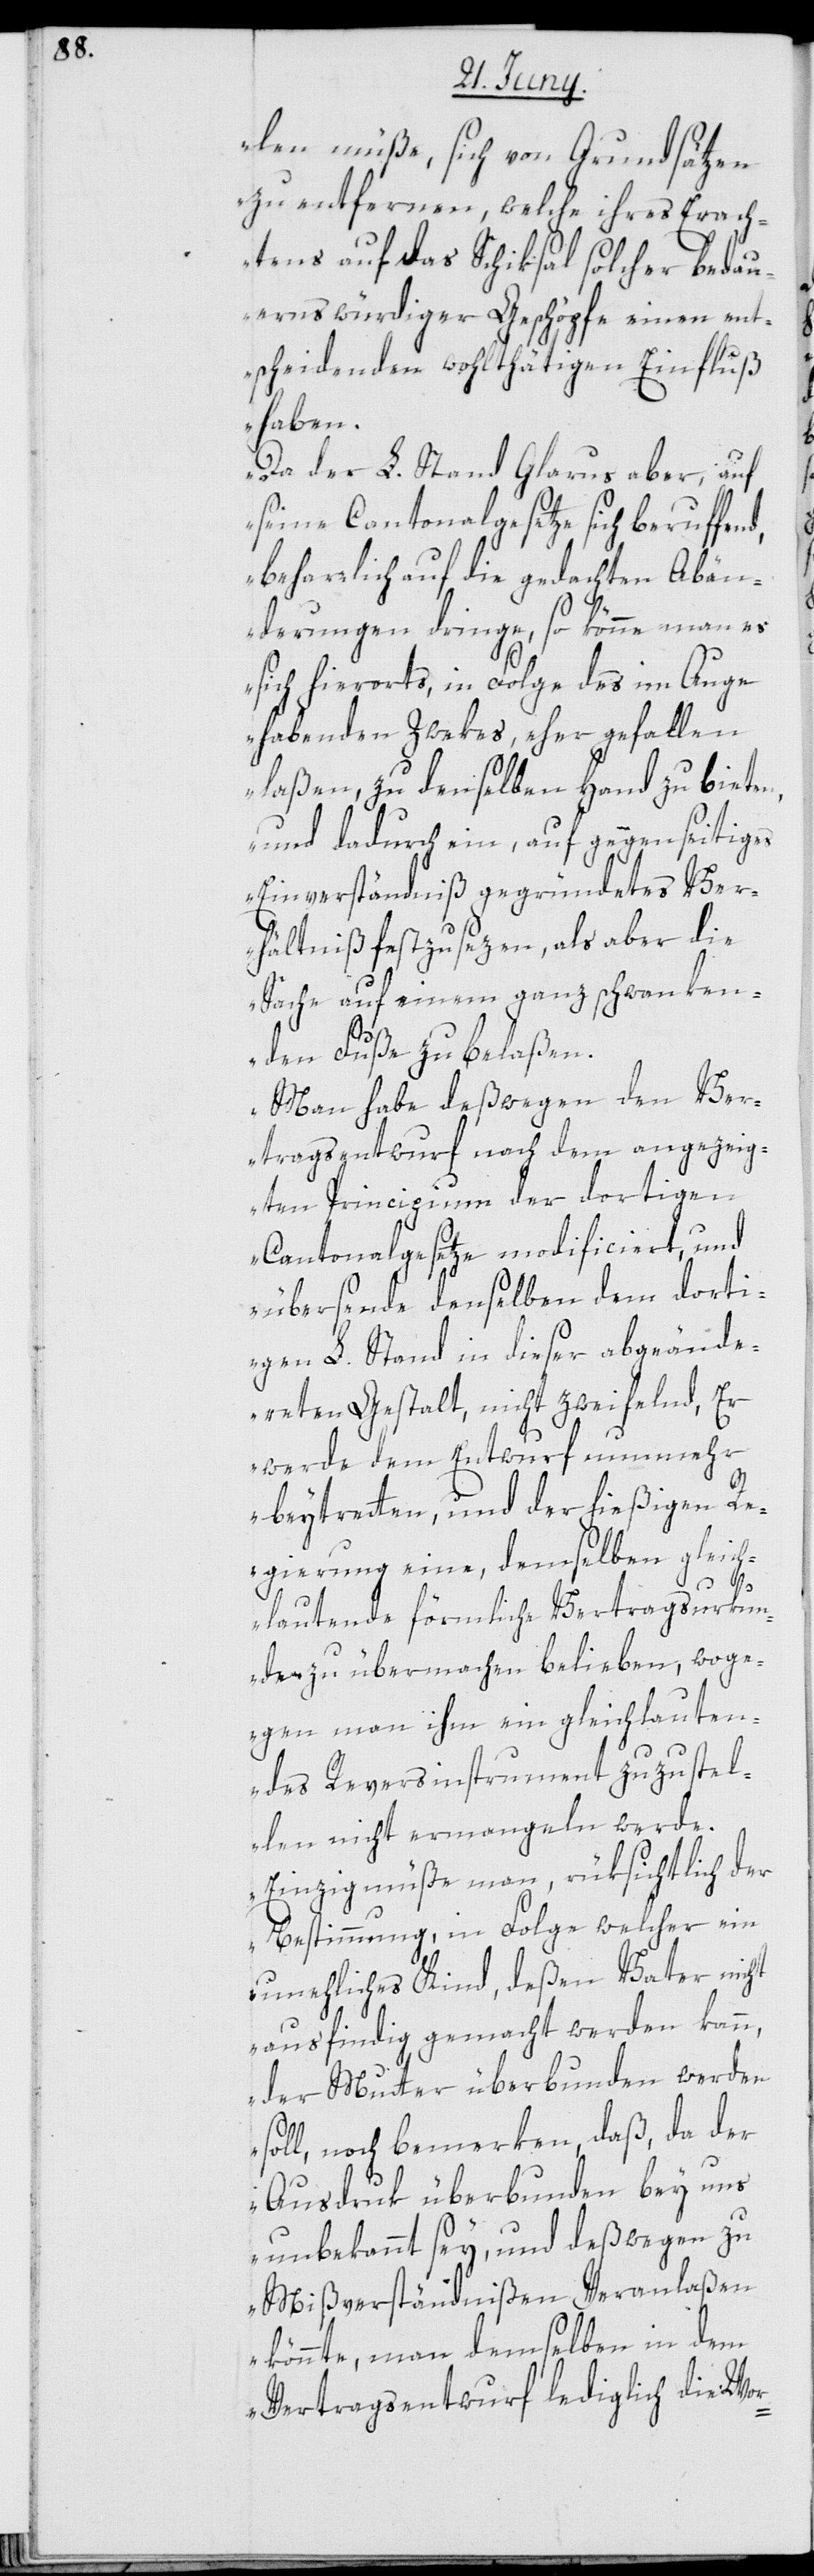
len müße, sich von Grundsätzen
zu entfernen, welche ihres Erach¬
tens auf das Schiksal solcher bedau¬
ernswürdiger Geschöpfe einen ent¬
scheidenden wohlthätigen Einfluß
haben.
Da der L. Stand Glarus aber, auf
seine Cantonalgesetze sich beruffen¬
beharrlich auf die gedachten Abän¬
derungen dringe, so könne man es
sich hierorts, in Folge des im Auge
habenden Zwekes, eher gefallen
laßen, zu denselben Hand zu bieten,
und dadurch ein, auf gegenseitiges
Einverständniß gegründetes Ver¬
hältniß festzusezen, als aber die
Sache auf einem ganz schwanken¬
den Fuße zu belaßen.
Man habe deßwegen den Ver¬
tragsentwurf nach dem angezeig¬
ten Principium der dortigen
Cantonalgesetze modificiert, und
übersende denselben dem dorti¬
gen L. Stand in dieser abgeände¬
rten Gestalt, nicht zweifelnd, Er
werde dem Entwurf nunmehr
beytretten, und der hießigen Re¬
gierung eine, demselben gleich¬
d,
lautende förmliche Vertragsurkun¬
den zu übermachen belieben, woge¬
gen man ihm ein gleichlauten¬
des Reversinstrument zuzustel¬
len nicht ermangeln werde.
Einzig müße man, rüksichtlich der
Bestimmung, in Folge welcher ein
uneheliches Kind, deßen Vater nicht
ausfindig gemacht werden kann,
der Mutter überbunden werden
soll, noch bemerken, daß, da der
Ausdruk überbunden bey uns
unbekannt sey, und deßwegen zu
Mißverständnißen Veranlaßen
könnte, man demselben in dem
Vertragsentwurf lediglich die Wor-